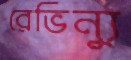
রেভিন্যু